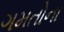
ગમતોના